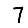
Digit: 7